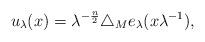
LaTeX: \begin{align*}u_\lambda(x)=\lambda^{-\frac{n}{2}}\triangle_M e_\lambda(x\lambda^{-1}),\end{align*}